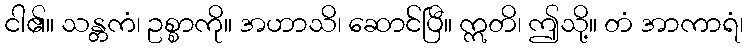
ငါ၏။ သန္တကံ၊ ဥစ္စာကို။ အဟာသိ၊ ဆောင်ပြီ။ ဣတိ၊ ဤသို့။ တံ အာကာရံ၊